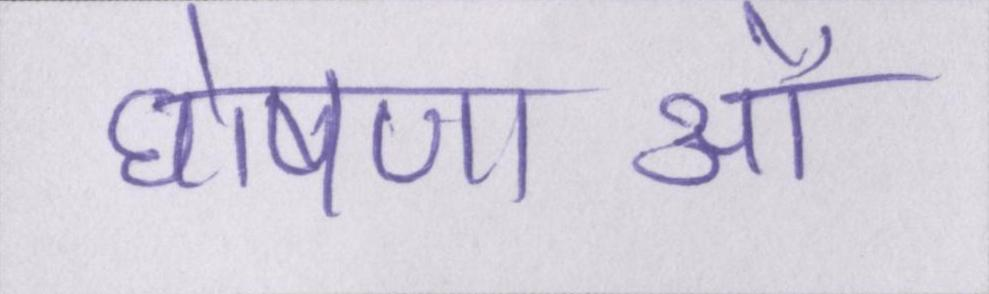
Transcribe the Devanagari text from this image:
घोषणाओं